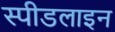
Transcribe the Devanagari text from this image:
स्पीडलाइन